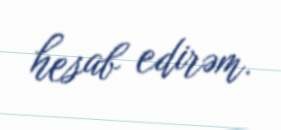
hesab edirəm.